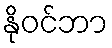
နိုဝင်ဘာ